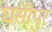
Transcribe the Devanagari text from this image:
घसीपुर